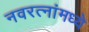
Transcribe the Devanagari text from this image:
नवरत्‍नांमध्ये